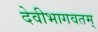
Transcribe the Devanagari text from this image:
देवीभागवतम्